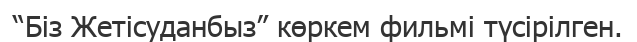
“Біз Жетісуданбыз” көркем фильмі түсірілген.